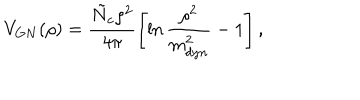
V _ { G N } ( \rho ) = \frac { \tilde { N } _ { c } \rho ^ { 2 } } { 4 \pi } \left[ \ln \frac { \rho ^ { 2 } } { m _ { d y n } ^ { 2 } } - 1 \right] ,